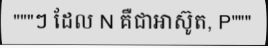
"""ៗ ដែល N គឺជាអាស៊ូត, P"""